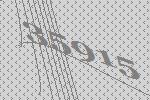
35915